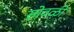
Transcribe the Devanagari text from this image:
सोवळी